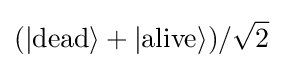
(|{\text{dead}}\rangle +|{\text{alive}}\rangle )/{\sqrt {2}}